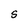
Character: S